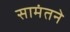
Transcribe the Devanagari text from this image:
सामंतने